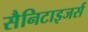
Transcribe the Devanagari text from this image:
सैनिटाइजर्स